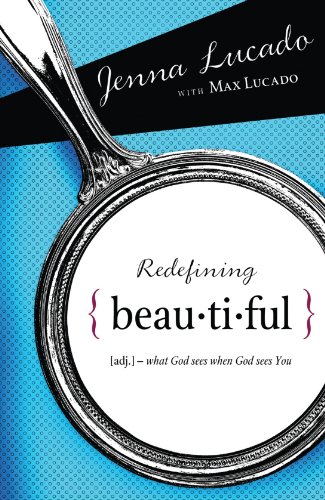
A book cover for Redefining Beautiful: What God Sees When God Sees You; Jenna Lucado Bishop; Teen & Young Adult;